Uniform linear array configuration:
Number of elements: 16
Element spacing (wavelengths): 0.75
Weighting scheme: cosine
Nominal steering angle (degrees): -15
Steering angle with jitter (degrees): -14.147
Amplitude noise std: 0.05
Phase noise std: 0.05

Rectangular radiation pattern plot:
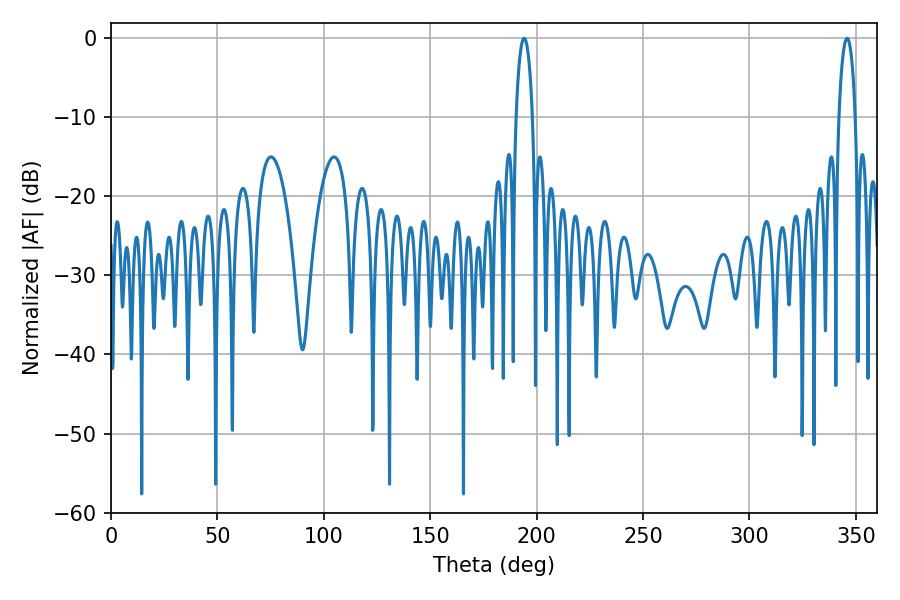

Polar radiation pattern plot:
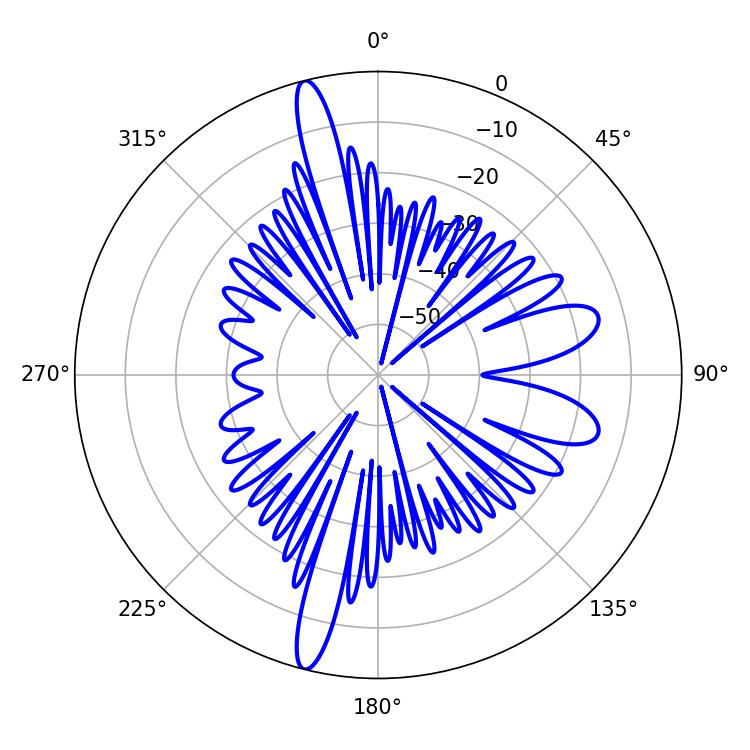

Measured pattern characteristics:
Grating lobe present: TRUE
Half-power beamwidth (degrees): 4.5
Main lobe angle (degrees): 194.04